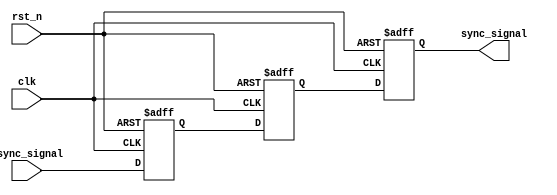
module async_to_sync_converter (
    input wire async_signal,   // Asynchronous input signal
    input wire clk,           // System clock
    input wire rst_n,         // Active low reset
    output reg sync_signal     // Synchronous output signal
);

    // Intermediate signals for metastability handling
    reg async_dff1, async_dff2;

    // First flip-flop to capture the asynchronous signal
    always @(posedge clk or negedge rst_n) begin
        if (!rst_n) begin
            async_dff1 <= 1'b0;  // Reset value
        end else begin
            async_dff1 <= async_signal;  // Sample the asynchronous input
        end
    end

    // Second flip-flop to further sync signal and reduce metastability
    always @(posedge clk or negedge rst_n) begin
        if (!rst_n) begin
            async_dff2 <= 1'b0;  // Reset value
        end else begin
            async_dff2 <= async_dff1;  // Sample the first flip-flop output
        end
    end

    // Generate the final synchronized output
    always @(posedge clk or negedge rst_n) begin
        if (!rst_n) begin
            sync_signal <= 1'b0;  // Reset value
        end else begin
            sync_signal <= async_dff2;  // Capture the synchronized output
        end
    end

endmodule